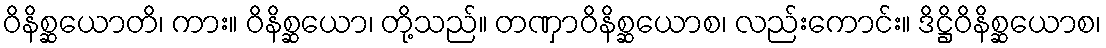
ဝိနိစ္ဆယောတိ၊ ကား။ ဝိနိစ္ဆယော၊ တို့သည်။ တဏှာဝိနိစ္ဆယောစ၊ လည်းကောင်း။ ဒိဋ္ဌိဝိနိစ္ဆယောစ၊